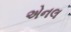
એનલ